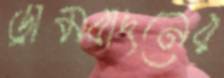
ড্রামবাদনের